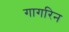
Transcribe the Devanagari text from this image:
गागरिन